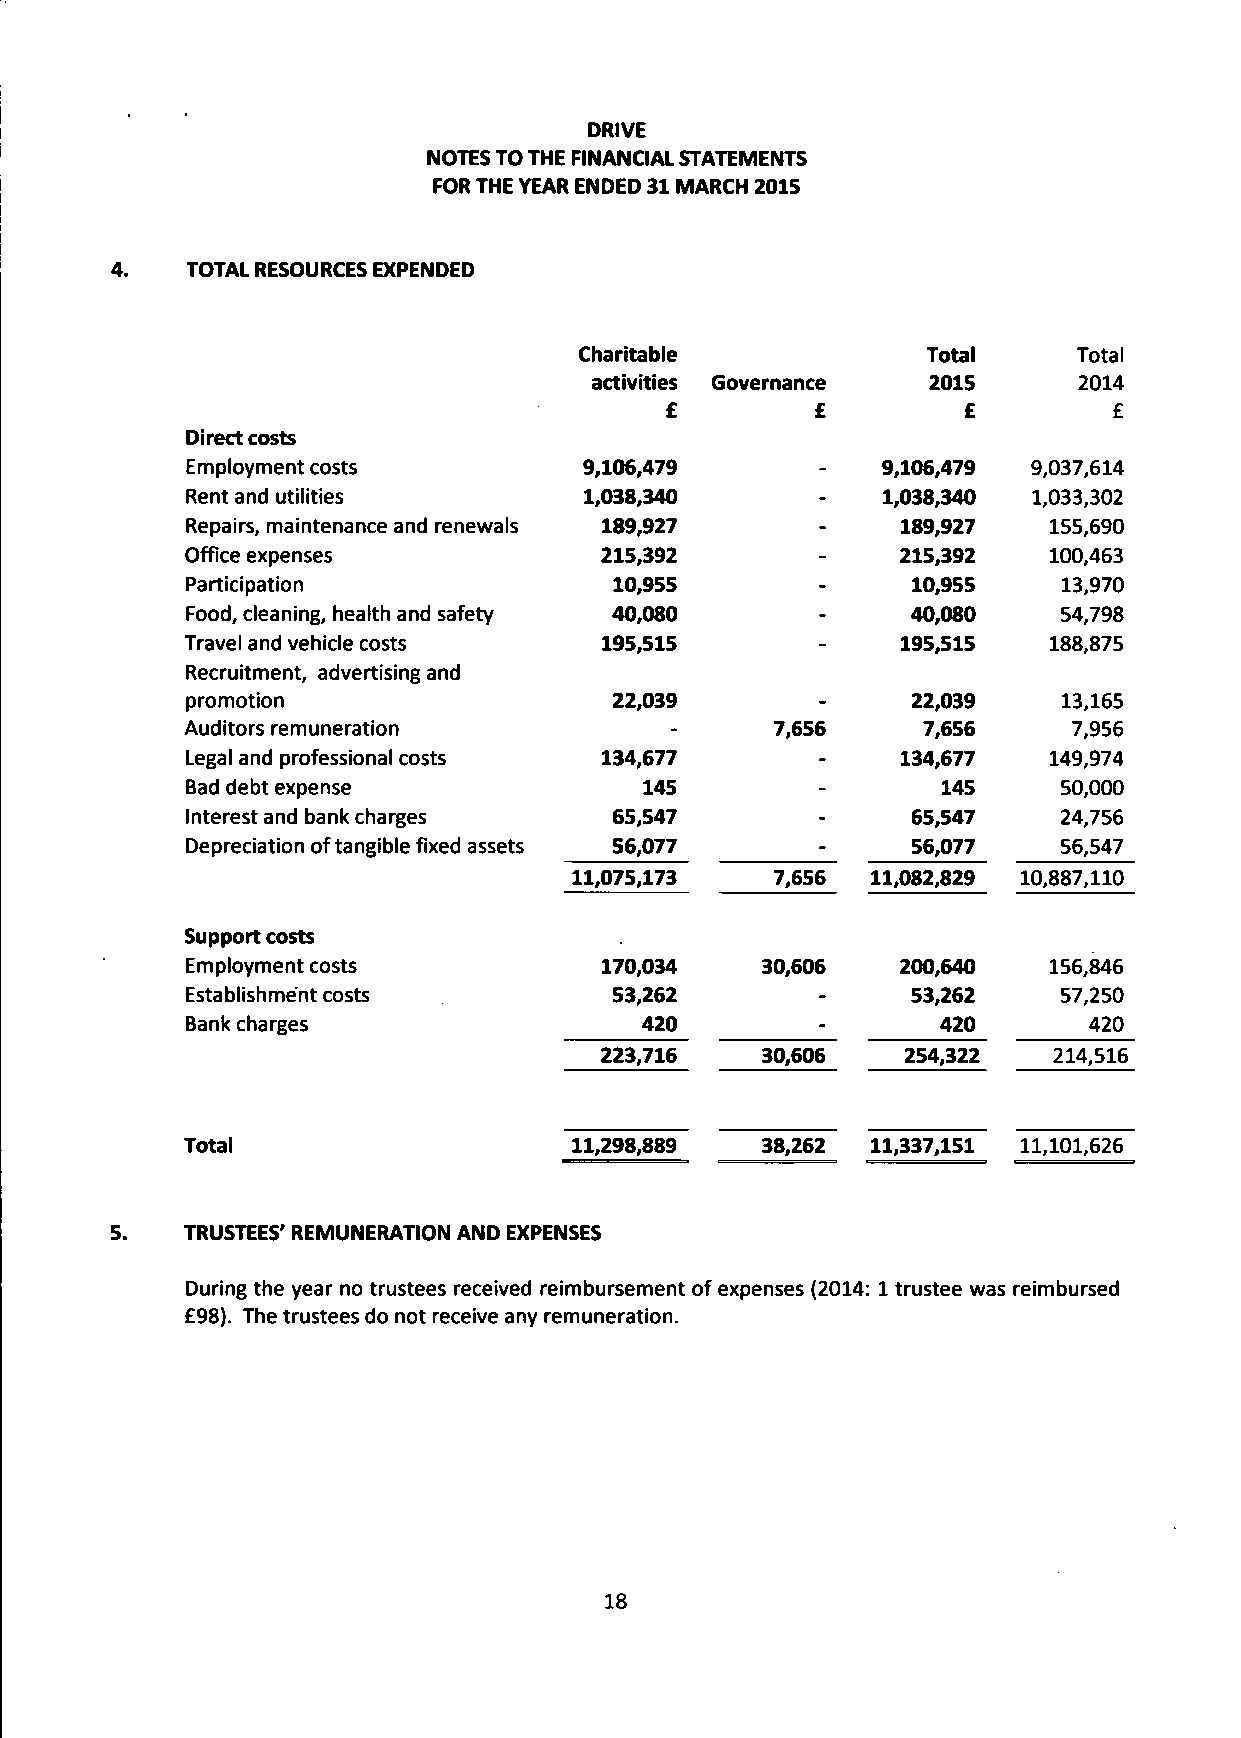
DRIVE
 NOTES TO THE FINANCIAL STATEMENTS
 FOR THE YEAR ENDED 31 MARCH 2015
 TOTAL RESOURCES EXPENDED
 Charitable             Total     Total
 activities Governance 2015      2014
 £         £         £         £
 Direct costs
 Employment costs           9,106,479      -   9,106,479 9,037,614
 Rent and utilities         1,038,340      -   1,038,340 1,033,302
 Repairs, maintenance and renewals 189,927 -     189,927  155,690
 Office expenses             215,392       -     215,392  100,463
 Participation                10,955       -     10,955    13,970
 Food, cleaning, health and safety 40,080  -     40,080    54,798
 Travel and vehicle costs    195,515       -     195,515  188,875
 Recruitment, advertising and
 promotion                    22,039       -     22,039    13,165
 Auditors remuneration           -      7,656     7,656     7,956
 Legal and professional costs 134,677      -     134,677  149,974
 Bad debt expense               145        -       145     50,000
 Interest and bank charges    65,547       -     65,547    24,756
 Depreciation of tangible fixed assets 56,077 -  56,077    56,547
 11,075,173   7,656  11,082,829 10,887,110
 Support costs
 Employment costs            170,034   30,606    200,640  156,846
 Establishment costs          53,262       -     53,262    57,250
 Bank charges                  420         -       420       420
 223,716   30,606    254,322   214,516
 Total                     11,298,889  38,262  11,337,151 11,101,626
 TRUSTEES' REMUNERATION AND EXPENSES
 During the year no trustees received reimbursement of expenses (2014: 1 trustee was reimbursed
 £98). The trustees do not receive any remuneration.
 18